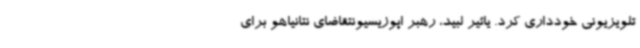
تلویزیونی خودداری کرد. یائیر لبید، رهبر اپوزیسیونتقاضای نتانیاهو برای